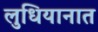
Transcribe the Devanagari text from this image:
लुधियानात